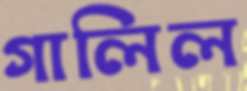
গালিল